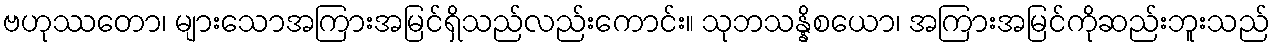
ဗဟုဿတော၊ များသောအကြားအမြင်ရှိသည်လည်းကောင်း။ သုဘသန္နိစယော၊ အကြားအမြင်ကိုဆည်းဘူးသည်